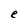
Character: e